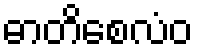
ဓာတိစေလံဝ